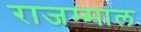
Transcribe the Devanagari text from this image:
राजम्माल